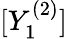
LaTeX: [Y_{1}^{(2)}]